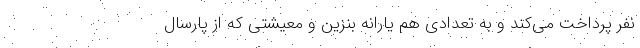
نفر پرداخت می‌کند و به تعدادی هم یارانه بنزین و معیشتی که از پارسال